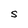
Character: S